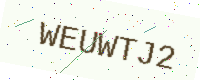
Text: WEUWTJ2